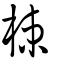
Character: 梀